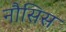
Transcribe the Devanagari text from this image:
नौसिस